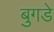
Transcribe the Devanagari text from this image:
बुगडे